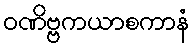
ဝဏိဗ္ဗကယာစကာနံ